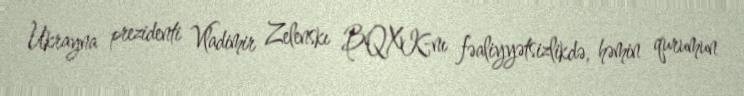
Ukrayna prezidenti Vladimir Zelenskı BQXK-nı fəaliyyətsizlikdə, həmin qurumun